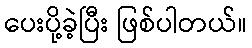
ပေးပို့ခဲ့ပြီး ဖြစ်ပါတယ်။